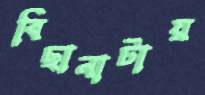
বিছানাটায়